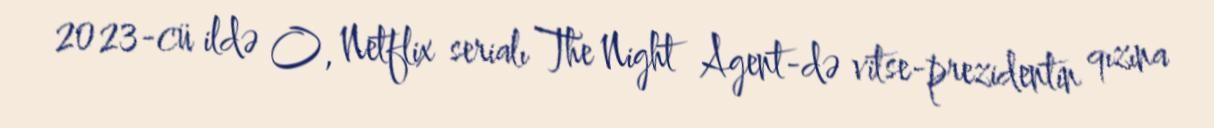
2023-cü ildə O, Netflix serialı The Night Agent-də vitse-prezidentin qızına